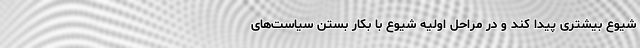
شیوع بیشتری پیدا کند و در مراحل اولیه شیوع با بکار بستن سیاست‌های